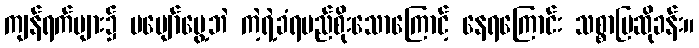
ကျန်ရက်များ၌ မပျော်မွေ့ဘဲ ကဲ့ရဲ့ခံရမည်စိုးသောကြောင့် နေရကြောင်း သစ္စာပြဆိုခန်း။